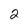
Character: 2